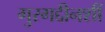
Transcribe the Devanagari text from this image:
गुरगद्दीनशीं